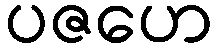
ပဇဟေ